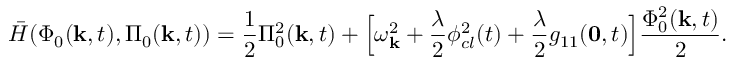
\bar { H } ( \Phi _ { 0 } ( { \bf k } , t ) , \Pi _ { 0 } ( { \bf k } , t ) ) = \frac { 1 } { 2 } \Pi _ { 0 } ^ { 2 } ( { \bf k } , t ) + \Bigl [ \omega _ { \bf k } ^ { 2 } + \frac { \lambda } { 2 } \phi _ { c l } ^ { 2 } ( t ) + \frac { \lambda } { 2 } g _ { 1 1 } ( { \bf 0 } , t ) \Bigr ] \frac { \Phi _ { 0 } ^ { 2 } ( { \bf k } , t ) } { 2 } .